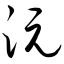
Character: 沅